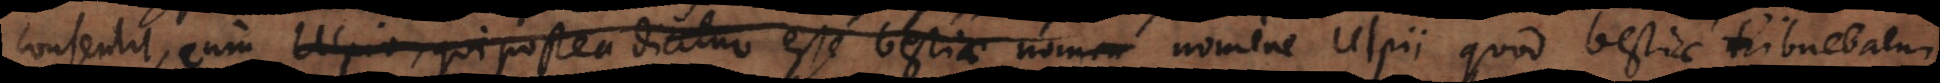
consentit, cum Ulpio, qui postea dicitur esse bestiae nomen nomine Ulpii quod bestiae tribuebatur,